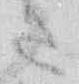
さ